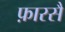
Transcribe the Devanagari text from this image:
फ़ारसै